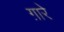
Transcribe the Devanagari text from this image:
ग़ारे